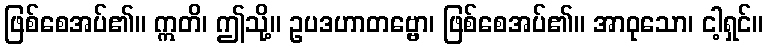
ဖြစ်စေအပ်၏။ ဣတိ၊ ဤသို့။ ဥပဒဟာတဗ္ဗော၊ ဖြစ်စေအပ်၏။ အာဝုသော၊ ငါ့ရှင်။